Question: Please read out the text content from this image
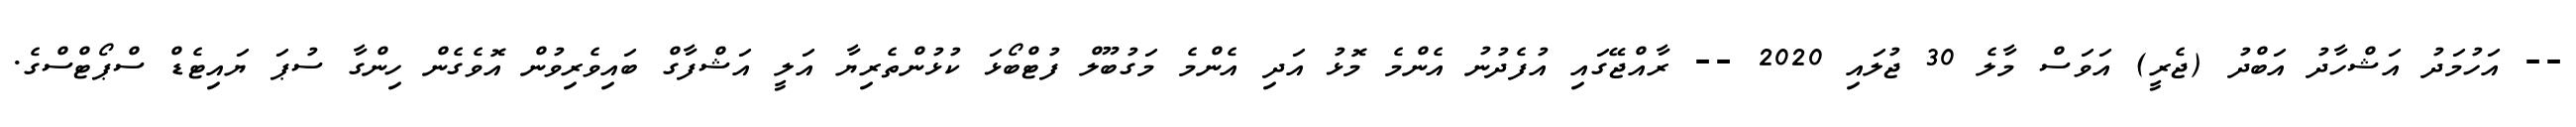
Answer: -- އަހުމަދު އަޝްހާދު އަބްދު (ޖެރީ) އަވަސް މާލެ 30 ޖުލައި 2020 -- ރާއްޖޭގައި އުފެދުނު އެންމެ މޮޅު އަދި އެންމެ މަގުބޫލް ފުޓްބޯޅަ ކުޅުންތެރިޔާ އަލީ އަޝްފާގް ބައިވެރިވުން އޮވެގެން ހިންގާ ސުޕަ ޔައިޓެޑް ސްޕޯޓްސްގެ.